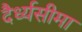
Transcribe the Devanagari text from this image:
दैर्ध्यसीमा